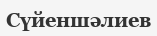
Сүйеншәлиев